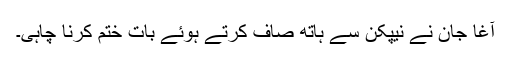
آغا جان نے نیپکن سے ہاتھ صاف کرتے ہوئے بات ختم کرنا چاہی۔